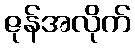
ဇုန်အလိုက်